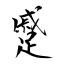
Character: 蹙